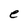
Character: e